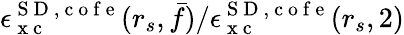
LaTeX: \epsilon_{\mathrm{~x~c~}}^{{\mathrm{~S~D~}},\mathrm{~c~o~f~e~}}(r_{s},\bar{f})/\epsilon_{\mathrm{~x~c~}}^{{\mathrm{~S~D~}},\mathrm{~c~o~f~e~}}(r_{s},2)